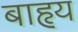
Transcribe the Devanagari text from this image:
बाहृय